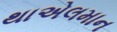
થાએલમાન